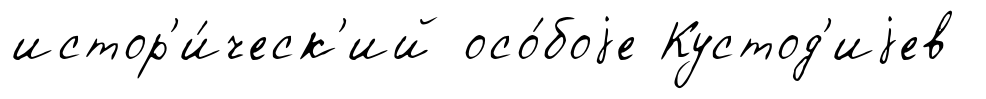
истор'и́ческ'ий осо́боjе Кустод'иjев